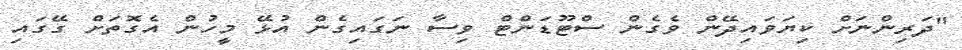
"ދަރިންނަށް ކިޔަވައިދޭން ވެގެން ސްޓޫޑަންޓް ވިސާ ނަގައިގެން އުޅޭ މީހުން އެގޮތަށް ގޭގައި